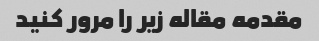
مقدمه مقاله زیر را مرور کنید